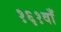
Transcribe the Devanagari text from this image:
१६१वाँ